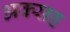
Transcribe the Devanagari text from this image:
अक्सह्र